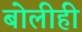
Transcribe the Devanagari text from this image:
बोलीही